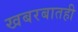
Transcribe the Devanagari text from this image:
खबरबातही